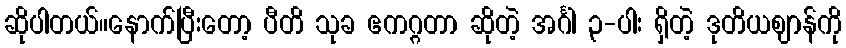
ဆိုပါတယ်။နောက်ပြီးတော့ ပီတိ သုခ ဧကဂ္ဂတာ ဆိုတဲ့ အင်္ဂါ ၃-ပါး ရှိတဲ့ ဒုတိယဈာန်ကို